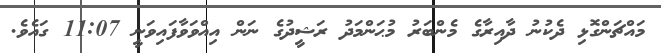
މައްޗަންގޮޅި ދެކުނު ދާއިރާގެ މެންބަރު މުޙަންމަދު ރަޝީދުގެ ނަން އިއްވަވާފައިވަނީ 11:07 ގައެވެ.